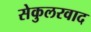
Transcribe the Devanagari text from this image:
सेकुलरवाद